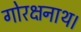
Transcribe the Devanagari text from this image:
गोरक्षनाथ।